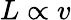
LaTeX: L\propto v